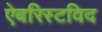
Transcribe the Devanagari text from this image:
ऐबरिस्टविद